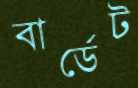
বার্ডেট